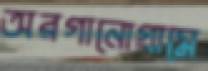
অরগানোগ্রামে